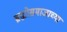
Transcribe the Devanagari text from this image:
ब्रह्मोसमाजाच्या